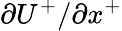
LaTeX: {{\partial}U^{+}}/{{\partial}x^{+}}